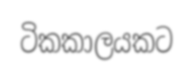
ටිකකාලයකට